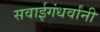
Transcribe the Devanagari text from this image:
सवाईगंधर्वांनी